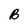
Character: B